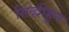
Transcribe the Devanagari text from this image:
सिद्धीहून